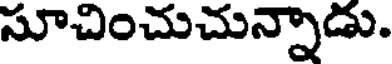
సూచించుచున్నాడు.